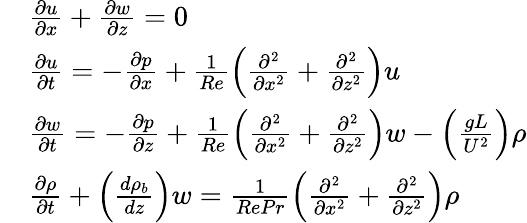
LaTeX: \begin{array}{rl}&{\frac{\partial u}{\partial x}+\frac{\partial w}{\partial z}=0}\\ &{\frac{\partial u}{\partial t}=-\frac{\partial p}{\partial x}+\frac{1}{Re}\left(\frac{\partial^{2}}{\partial x^{2}}+\frac{\partial^{2}}{\partial z^{2}}\right)u}\\ &{\frac{\partial w}{\partial t}=-\frac{\partial p}{\partial z}+\frac{1}{Re}\left(\frac{\partial^{2}}{\partial x^{2}}+\frac{\partial^{2}}{\partial z^{2}}\right)w-\left(\frac{gL}{U^{2}}\right)\rho}\\ &{\frac{\partial\rho}{\partial t}+\left(\frac{d\rho_{b}}{dz}\right)w=\frac{1}{RePr}\left(\frac{\partial^{2}}{\partial x^{2}}+\frac{\partial^{2}}{\partial z^{2}}\right)\rho}\end{array}